Aleksander_Warma, lk 9
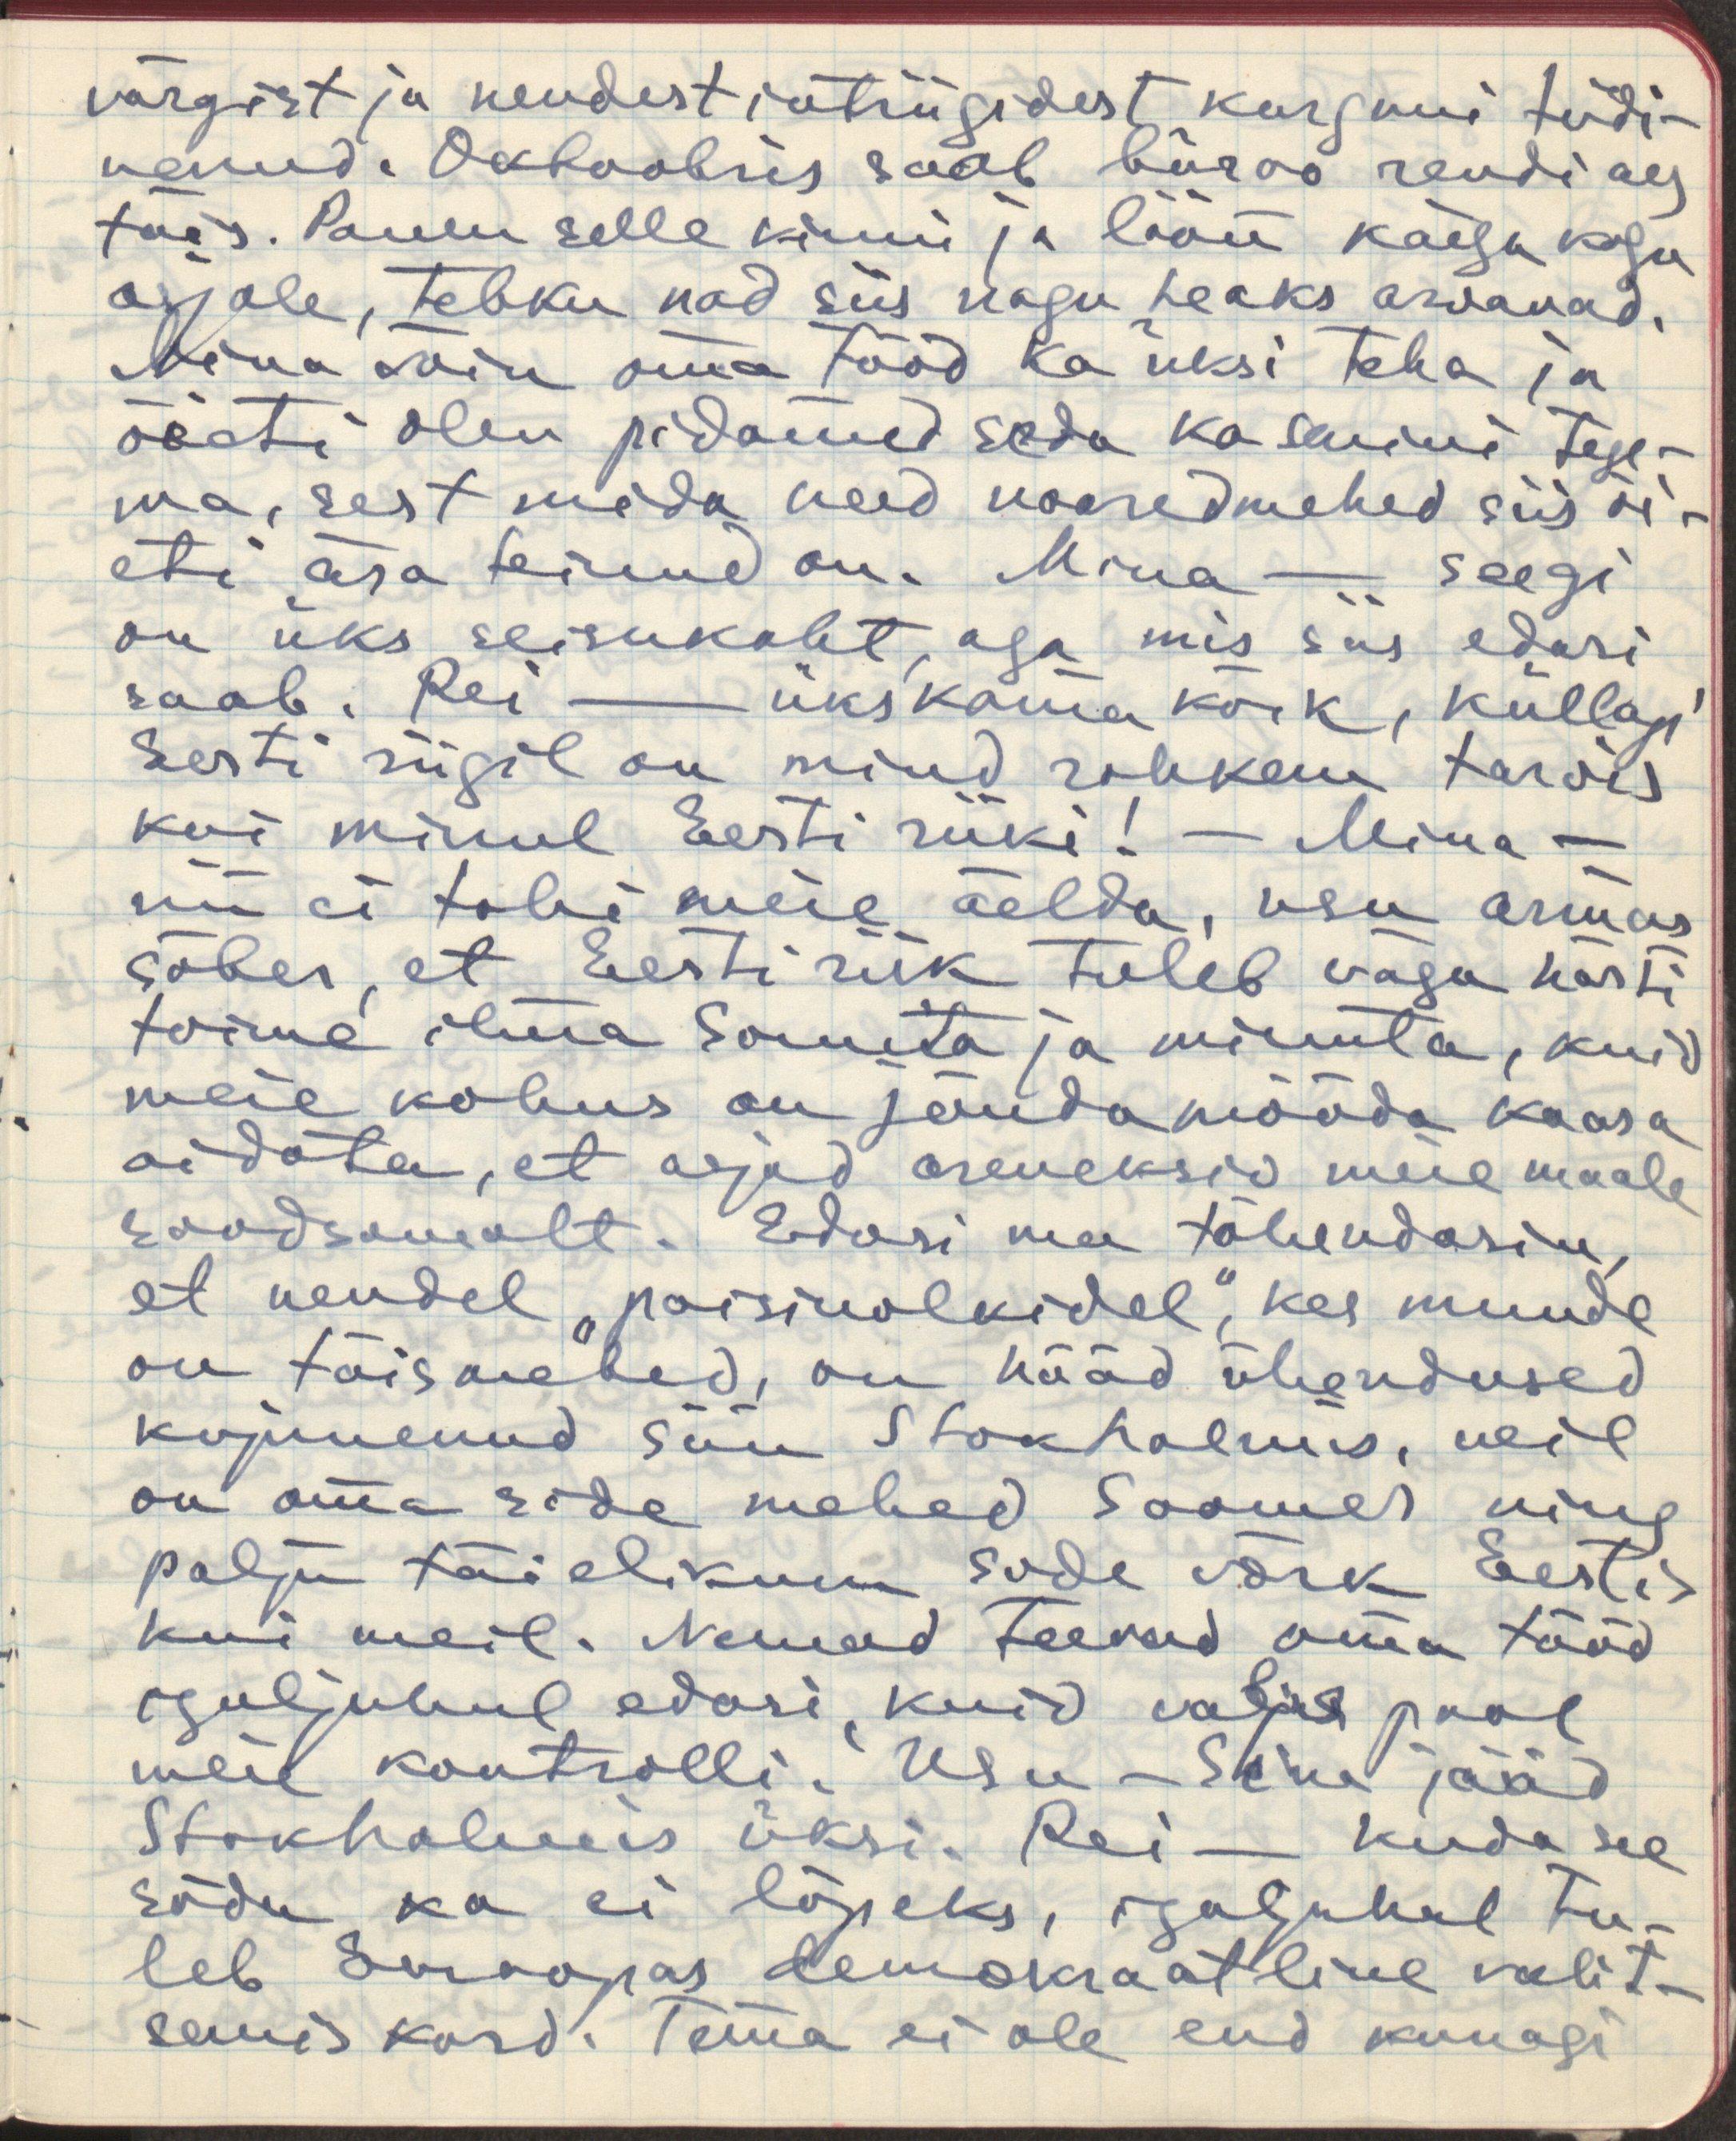
värgist ja nendest intriigidest kurguni tüdi-
nenud. Oktoobris saab büroo rendi aeg
täis. Panen selle kinni ja löön käega kogu
asjale, tehku nad siis nagu heaks arvavad.
Mina võin oma tööd ka üksi teha ja 
õieti olen pidanud seda ka senini tege-
ma, sest mida need noored mehed siis õi-
eti ära teinud on. Mina - seegi
on üks seisukoht, aga mis siis edasi
saab. Rei - üks kama kõik, küllap'
Eesti riigil on mind rohkem tarvis
kui minul Eesti riiki! - Mina -
nii ei tohi meie öelda, usu armas
sõber, et Eesti riik tuleb väga hästi
toime ilma Sinuta ja minuta, kuid
meie kohus on jõudumööda kaasa
aidata, et asjad areneksid meie maale
soodsamalt. Edasi ma tähendasin,
et nendel "poisinolkidel", kes muude
on täismehed, on hääd ühendused
kujunenud siin Stokholmis, neil
on oma side mehed Soomes ning
palju täielikum side võrk Eestis
kui meil. Nemad teevad oma tööd
igaljuhul edasi, kuid väljas pool
meie kontrolli. Usu - Sina jääd
Stokholmis üksi. Rei - kuda see
sõda ka ei lõpeks, igaljuhul tu-
leb Euroopas demokraatline valit-
semis kord. Tema ei ole end kunagi